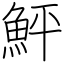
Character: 鮃